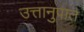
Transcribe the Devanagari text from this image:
उत्तानुपात